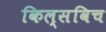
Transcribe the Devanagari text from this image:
किल्सविच